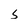
Character: s